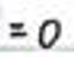
$=0$